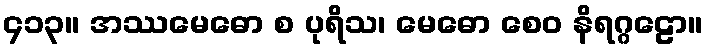
၄၁၃။ အဿမေဓော စ ပုရိသ၊ မေဓော စေဝ နိရဂ္ဂဠော။